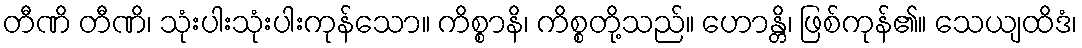
တီဏိ တီဏိ၊ သုံးပါးသုံးပါးကုန်သော။ ကိစ္စာနိ၊ ကိစ္စတို့သည်။ ဟောန္တိ၊ ဖြစ်ကုန်၏။ သေယျထိဒံ၊